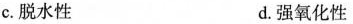
C.脱水性 d.强氧化性